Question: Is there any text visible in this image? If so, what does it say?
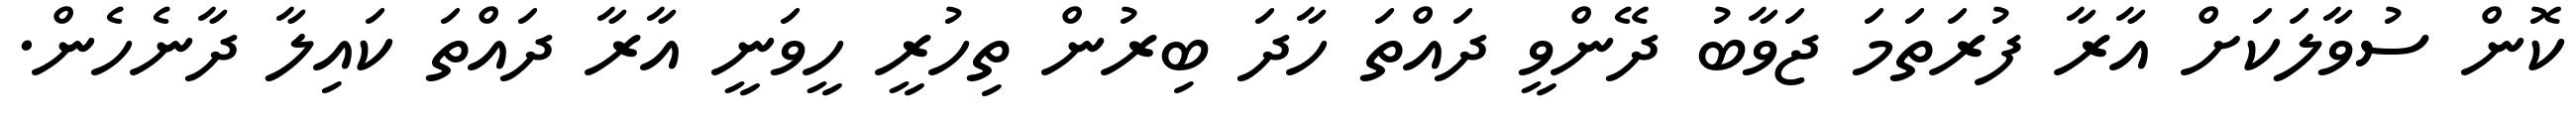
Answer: ކޮން ސުވާލަކަށް އާރާ ފުރަތަމަ ޖަވާބު ދޭންވީ ދައްތަ ހާދަ ބިރުން ތިހުރީ ހީވަނީ އާރާ ދައްތަ ކައިލާ ދާނެހެން.